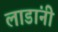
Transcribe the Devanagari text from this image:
लाडांनी